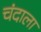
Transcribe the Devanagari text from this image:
चंदाला